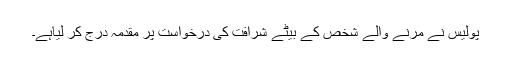
پولیس نے مرنے والے شخص کے بیٹے شرافت کی درخواست پر مقدمہ درج کر لیاہے۔